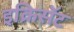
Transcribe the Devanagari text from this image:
इक्रिसॅट